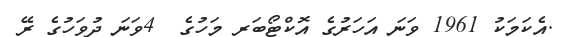
.އެކަމަކު 1961 ވަނަ އަހަރުގެ އޮކްޓޯބަރ މަހުގެ  4ވަނަ ދުވަހުގެ ރޭ